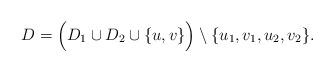
LaTeX: \begin{align*}D=\Big( D_1 \cup D_2 \cup \{u,v\}\Big) \setminus \{u_1,v_1,u_2,v_2\}.\end{align*}